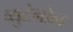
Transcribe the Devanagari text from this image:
व्युटेनोल